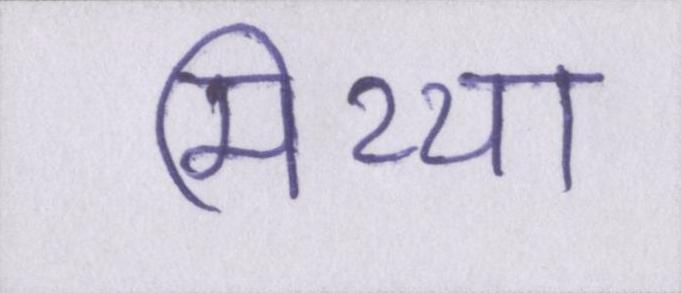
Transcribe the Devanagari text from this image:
मिथ्या